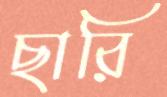
ছারি